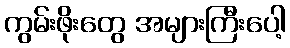
ကွမ်းဖိုးတွေ အများကြီးပေါ့